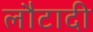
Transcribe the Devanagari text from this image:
लौटादी